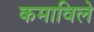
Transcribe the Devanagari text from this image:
कमाविले